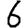
Digit: 6